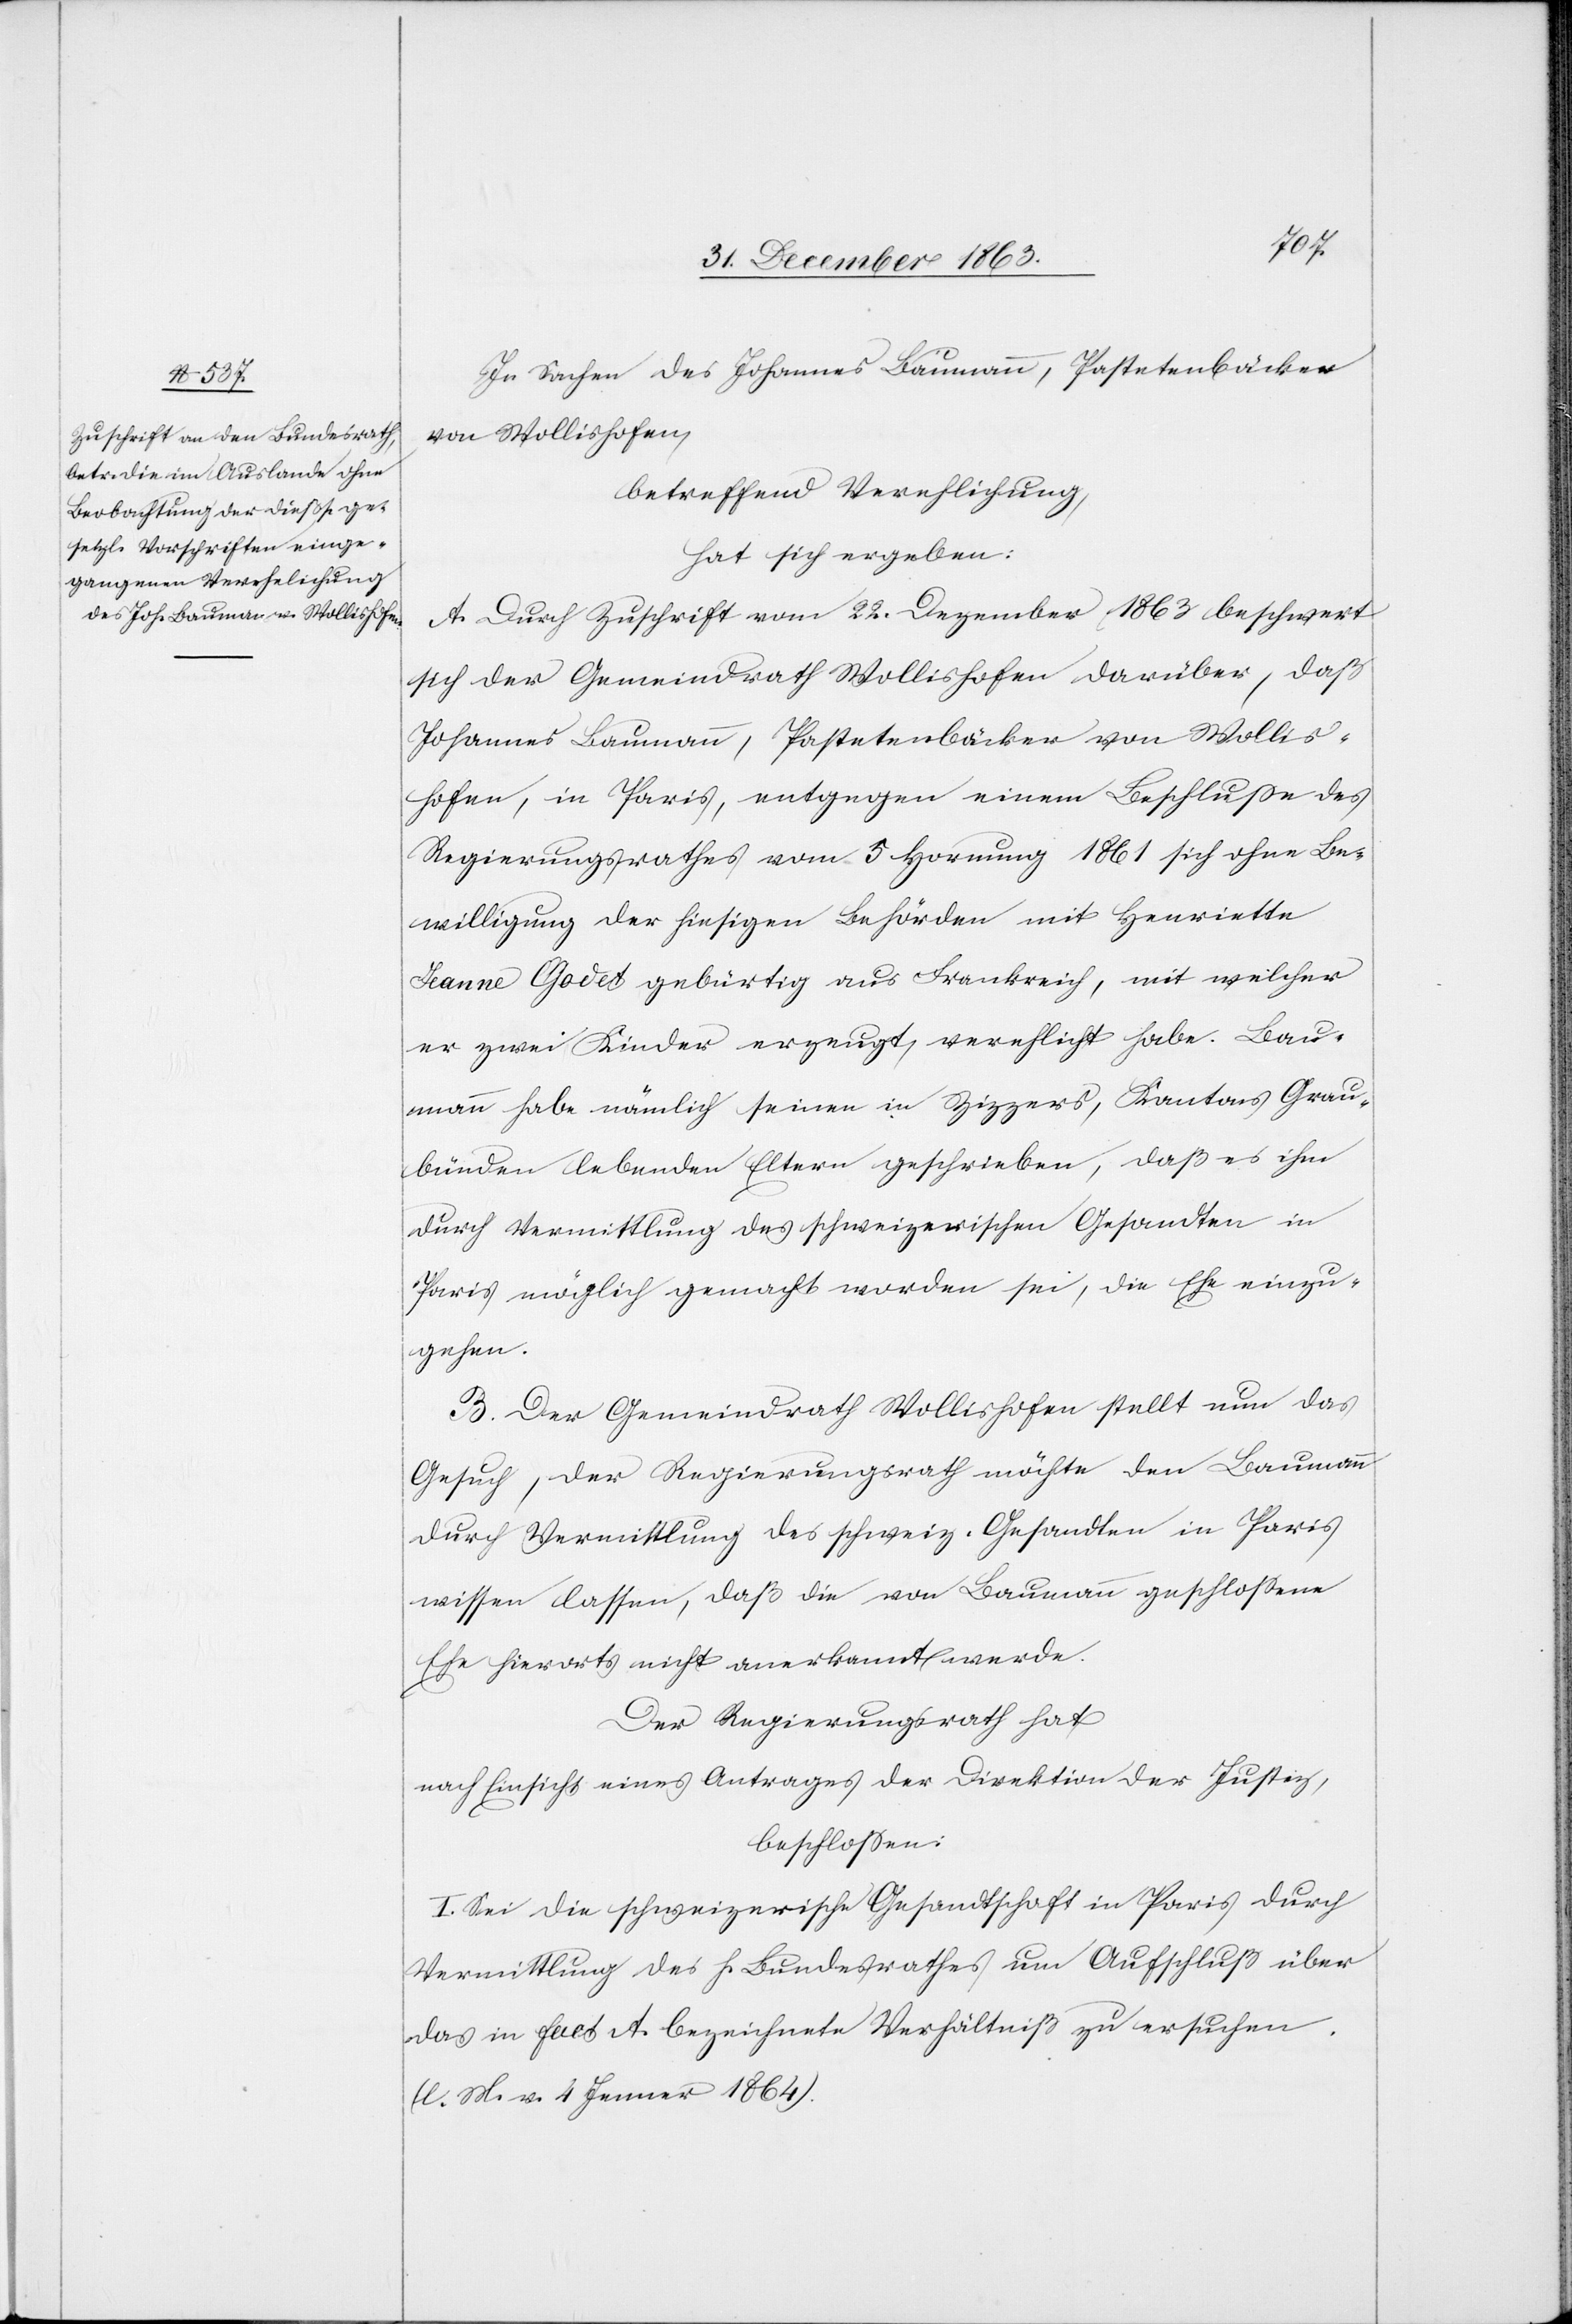
In Sachen des Johannes Baumann, Pastetenbäcker
von Wollishofen,
betreffend Verehelichung,
hat sich ergeben:
A. Durch Zuschrift vom 22. Dezember 1863 beschwert
sich der Gemeindrath Wollishofen darüber, daß
Johannes Baumann, Pastetenbäcker von Wollis¬
hofen, in Paris, entgegen einem Beschlusse des
Regierungsrathes vom 5 Hornung 1861 sich ohne Be¬
willigung der hiesigen Behörden mit Henriette
Jeanne Godet gebürtig aus Frankreich, mit welcher
er zwei Kinder erzeugt, verehlicht habe. Bau¬
mann habe nämlich seinen in Zizzers, Kantons Grau¬
bünden lebenden Eltern geschrieben, daß es ihm
durch Vermittlung des schweizerischen Gesandten in
Paris möglich gemacht worden sei, die Ehe einzu¬
gehen.
B. Der Gemeindrath Wollishofen stellt nun das
Gesuch, der Regierungsrath möchte den Baumann
durch Vermittlung des schweiz. Gesandten in Paris
wissen lassen, daß die von Baumann geschlossene
Ehe hierorts nicht anerkannt werde.
Der Regierungsrath hat
nach Einsicht eines Antrages der Direktion der Justiz,
beschlossen:
I. Sei die schweizerische Gesandtschaft in Paris durch
Vermittlung des h. Bundesrathes um Aufschluß über
das in fact. A bezeichnete Verhältniß zu ersuchen.
(l. M. v. 4 Jenner 1864).